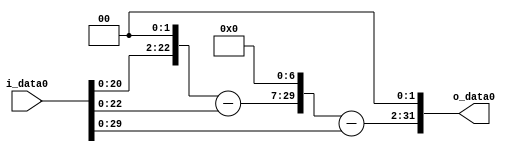
module multiplier_block (
    i_data0,
    o_data0
);

  // Port mode declarations:
  input   [31:0] i_data0;
  output  [31:0]
    o_data0;

  //Multipliers:

  wire [31:0]
    w1,
    w4,
    w3,
    w384,
    w383,
    w1532;

  assign w1 = i_data0;
  assign w1532 = w383 << 2;
  assign w3 = w4 - w1;
  assign w383 = w384 - w1;
  assign w384 = w3 << 7;
  assign w4 = w1 << 2;

  assign o_data0 = w1532;

  //multiplier_block area estimate = 3286.48311563824;
endmodule